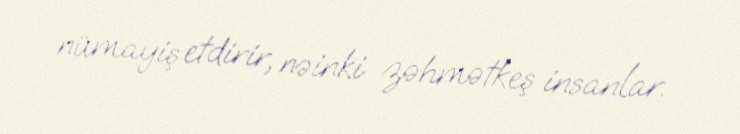
nümayiş etdirir, nəinki zəhmətkeş insanlar.